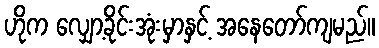
ဟိုက လျှော့ခိုင်းအုံးမှာနှင့် အနေတော်ကျမည်။